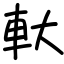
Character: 軑